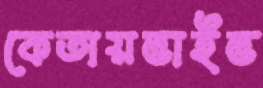
কেতায়ভাইভ